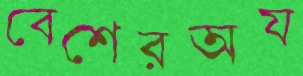
বেশেরঅয